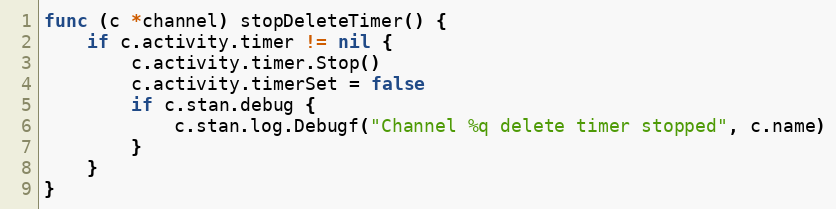
Language: Go
func (c *channel) stopDeleteTimer() {
	if c.activity.timer != nil {
		c.activity.timer.Stop()
		c.activity.timerSet = false
		if c.stan.debug {
			c.stan.log.Debugf("Channel %q delete timer stopped", c.name)
		}
	}
}